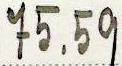
75.59